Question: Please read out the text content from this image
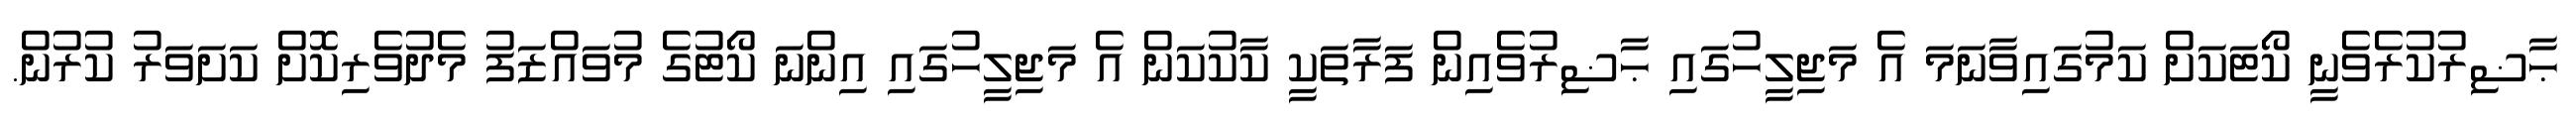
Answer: ޙާޟިރުކުރެވެނީ ކޯޓަކަށް ކަމުގައިވާނަމަ އެ މަޖިލީހުގައި ޙާޟިރުވެއިން ފަރާތަކީ ކާކުކަން އެ މަޖިލީހުގައި އިންނަ ކޯޓުގެ މުވައްޒަފު މެދުވެރިކޮށް ކަށަވަރު ކުރުން.